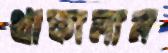
থাকালাম